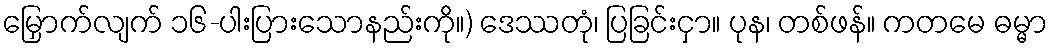
မြှောက်လျက် ၁၆-ပါးပြားသောနည်းကို။) ဒေဿတုံ၊ ပြခြင်းငှာ။ ပုန၊ တစ်ဖန်။ ကတမေ ဓမ္မာ